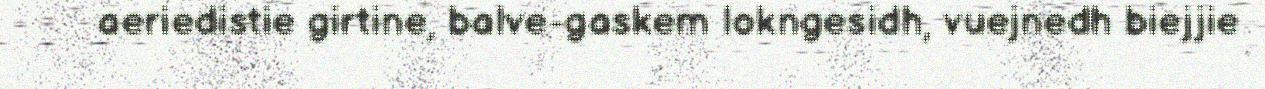
aeriedistie girtine, balve-gaskem lokngesidh, vuejnedh biejjie